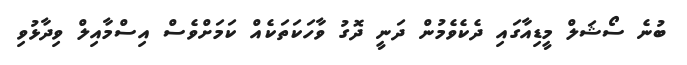
ބުނެ ސޯޝަލް މީޑިއާގައި ދެކެވެމުން ދަނީ ދޮގު ވާހަކަތަކެއް ކަމަށްވެސް އިސްމާއިލް ވިދާޅުވި